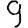
Digit: 9